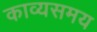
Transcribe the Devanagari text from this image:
काव्यसमय